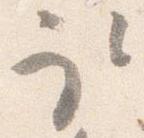
取